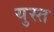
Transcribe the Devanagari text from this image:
युस्त